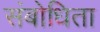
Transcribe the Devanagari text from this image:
संबोधिता